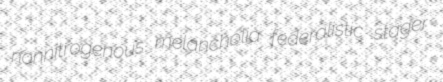
nonnitrogenous melancholia federalistic stager